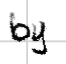
Text: by
Cross-out: clean
Writing tool: digital_black